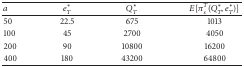
<table><thead><tr><td><b><i>a</i></b></td><td><b><i>e</i><sub><i>T</i></sub>*</b></td><td><b><i>Q</i><sub><i>T</i></sub>*</b></td><td><b><i>E</i>[π<sub><i>s</i></sub><sup><i>T</i></sup>(<i>Q</i><sub><i>T</i></sub>*, <i>e</i><sub><i>T</i></sub>*)]</b></td></tr></thead><tbody><tr><td> 50</td><td>22.5</td><td>675</td><td>1013</td></tr><tr><td> 100</td><td>45</td><td>2700</td><td>4050</td></tr><tr><td> 200</td><td>90</td><td>10800</td><td>16200</td></tr><tr><td> 400</td><td>180</td><td>43200</td><td>64800</td></tr></tbody></table>